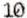
10